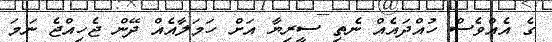
ގެ އެއްވެސް ހުއްދައެއް ނެތި ސީރިޔާ އަށް ހަމަލާއެއް ދޭން ޖެހިއްޖެ ނަމަ